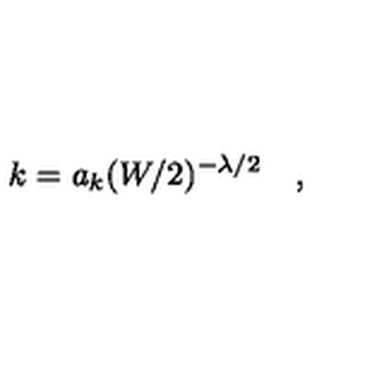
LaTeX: k = a _ { k } ( W / 2 ) ^ { - \lambda / 2 } \quad ,